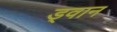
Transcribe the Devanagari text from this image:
ड्वान